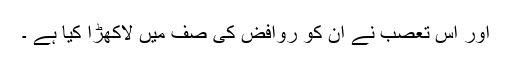
اور اس تعصب نے ان کو روافض کی صف میں لاکھڑا کیا ہے ۔